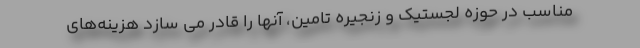
مناسب در حوزه لجستیک و زنجیره تامین، آنها را قادر می سازد هزینه‌های